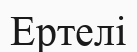
Ертелі